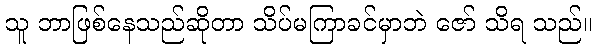
သူ ဘာဖြစ်နေသည်ဆိုတာ သိပ်မကြာခင်မှာဘဲ ဇော် သိရ သည်။